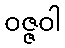
ဝဇ္ဇဝါ